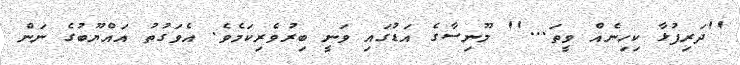
''ދަރިފުޅާ ކިހިނެއް ވީތަ...'' މޫނިސާގެ އަޑުގައި ވަނީ ބިރުވެރިކަމެވެ. އެވަގުތު އައްޔޫބުގެ ނަން